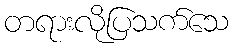
တရားလိုပြသက်သေ